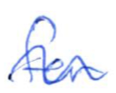
Text: for
Cross-out: wave
Writing tool: ballpoint